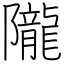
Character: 隴